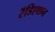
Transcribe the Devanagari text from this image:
रॅडिएशन